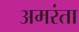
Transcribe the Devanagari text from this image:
अमरंता